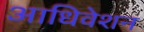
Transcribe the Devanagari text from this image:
आधिवेशन